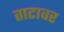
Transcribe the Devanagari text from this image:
ताटावर